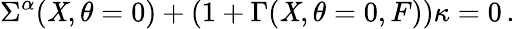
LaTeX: \Sigma^{\alpha}(\mathit{X},\theta=0)+(1+\Gamma(\mathit{X},\theta=0,F))\kappa=0\, .